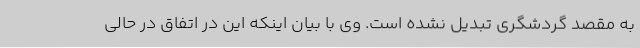
به مقصد گردشگری تبدیل نشده است. وی با بیان اینکه این در اتفاق در حالی